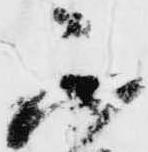
不